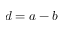
d = a - b